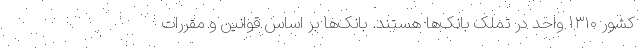
کشور ۱۳۱۰ واحد در تملک بانک‌ها هستند. بانک‌ها بر اساس قوانین و مقررات